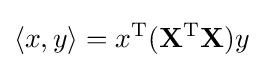
\langle x,y\rangle =x^{\rm {T}}(\mathbf {X} ^{\rm {T}}\mathbf {X} )y